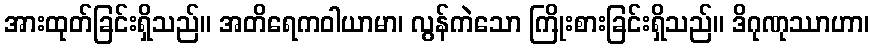
အားထုတ်ခြင်းရှိသည်။ အတိရေကဝါယာမာ၊ လွန်ကဲသော ကြိုးစားခြင်းရှိသည်။ ဒိဂုဏုဿာဟာ၊